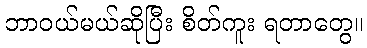
ဘာဝယ်မယ်ဆိုပြီး စိတ်ကူး ရတာတွေ။